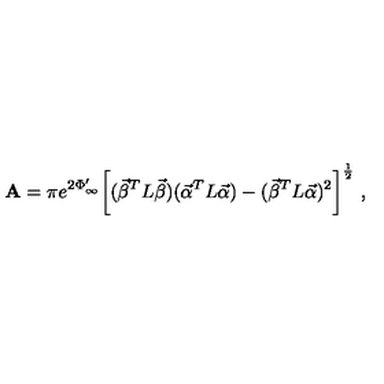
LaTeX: { \bf A } = \pi e ^ { 2 \Phi _ { \infty } ^ { \prime } } \bigg [ ( { \vec { \beta } } ^ { T } L { \vec { \beta } } ) ( { \vec { \alpha } } ^ { T } L { \vec { \alpha } } ) - ( { \vec { \beta } } ^ { T } L { \vec { \alpha } } ) ^ { 2 } \bigg ] ^ { \frac { 1 } { 2 } } \ ,